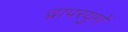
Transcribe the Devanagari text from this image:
द्वापरयुगों